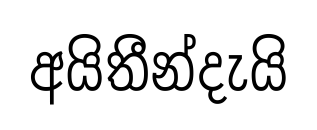
අයිතීන්දැයි